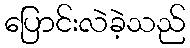
ပြောင်းလဲခဲ့သည်